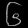
Digit: ၆